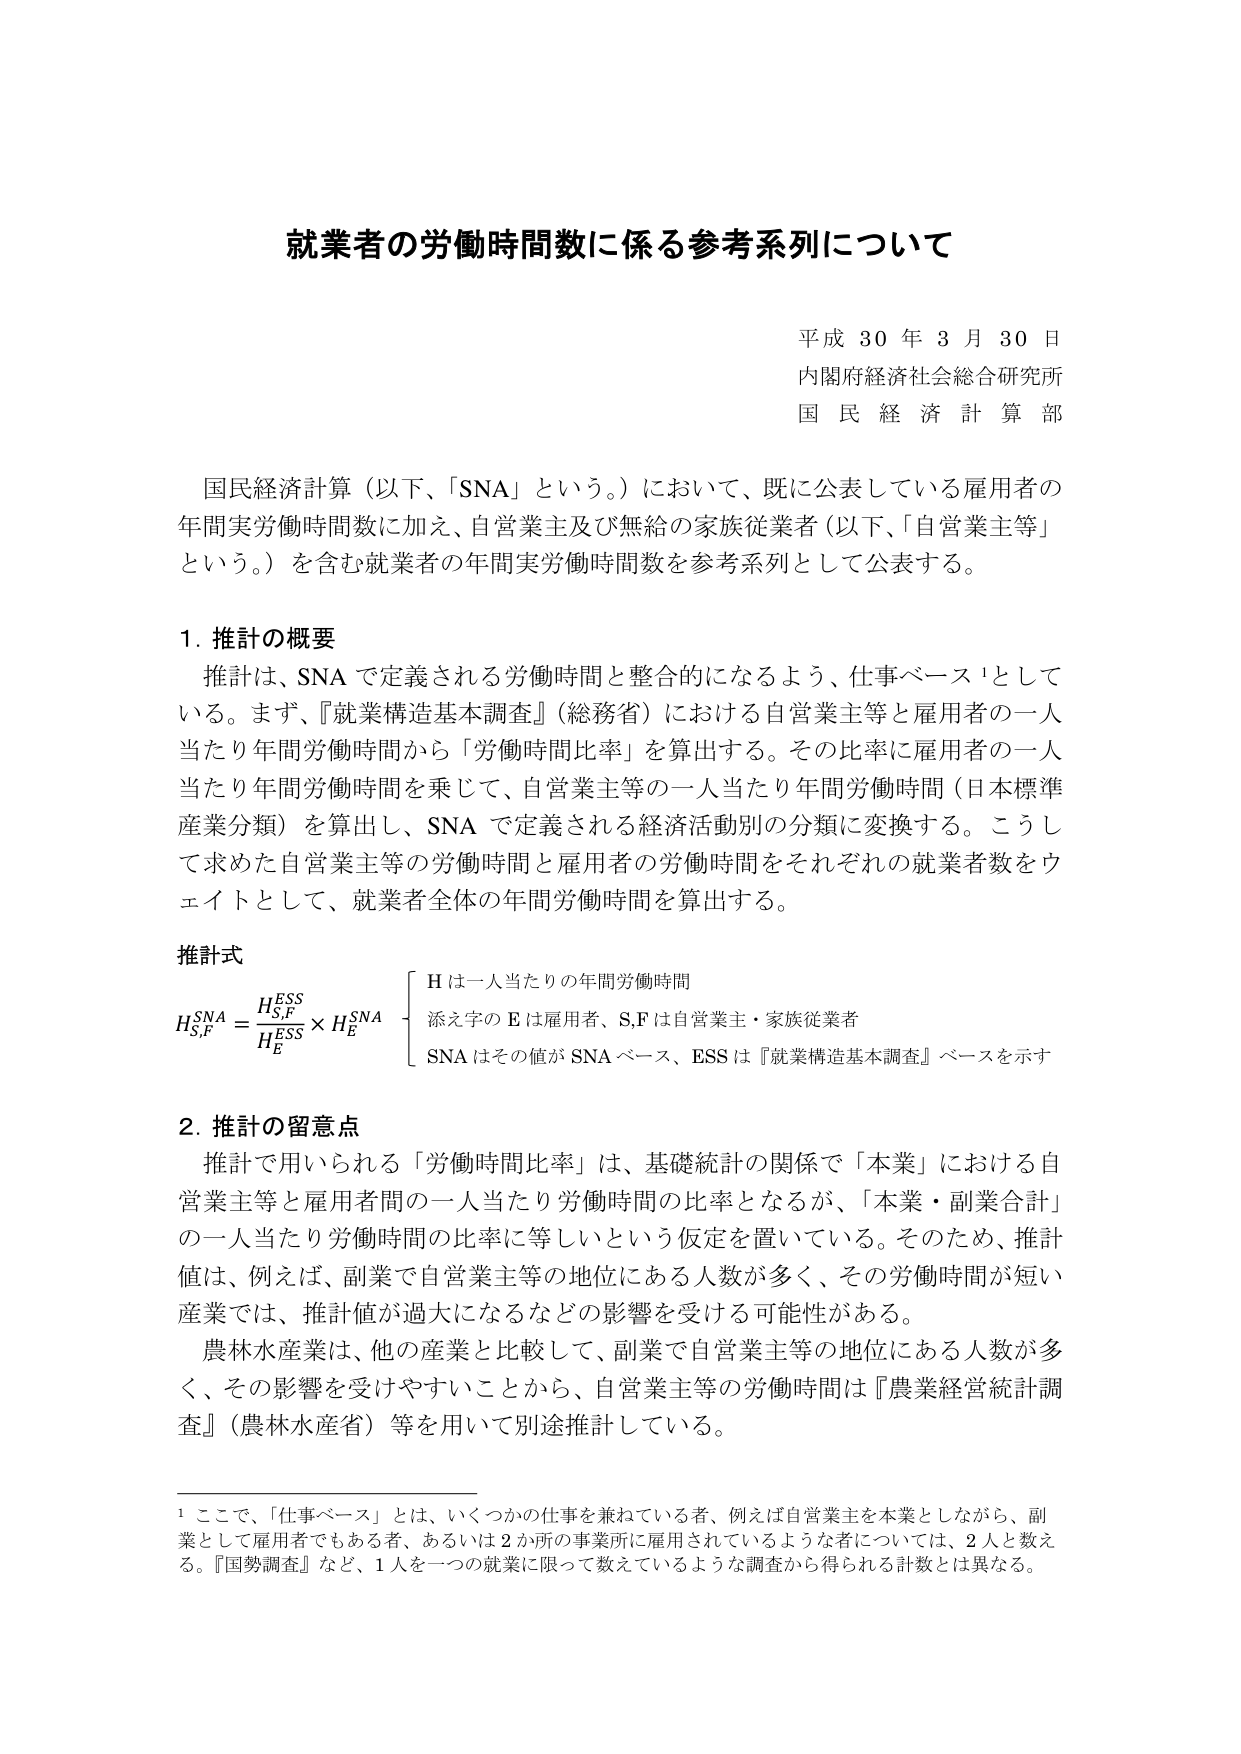
就業者の労働時間数に係る参考系列について

平成 30 年 3 月 30 日
内閣府経済社会総合研究所
国民経済計算部

国民経済計算（以下、「SNA」という。）において、既に公表している雇用者の
年間実労働時間数に加え、自営業主及び無給の家族従業者（以下、「自営業主等」という。）を含む就業者の年間実労働時間数を参考系列として公表する。

1. 推計の概要
推計は、SNA で定義される労働時間と整合的になるよう、仕事ベース¹としている。まず、『就業構造基本調査』（総務省）における自営業主等と雇用者の一人当たり年間労働時間から「労働時間比率」を算出する。その比率に雇用者の一人当たり年間労働時間を乗じて、自営業主等の一人当たり年間労働時間（日本標準産業分類）を算出し、SNA で定義される経済活動別の分類に変換する。こうして求めた自営業主等の労働時間と雇用者の労働時間をそれぞれの就業者数をウェイトとして、就業者全体の年間労働時間を算出する。

推計式
H_{S,F}^{SNA} = \frac{H_{S,F}^{ESS}}{H_E^{ESS}} × H_E^{SNA}
　　H は一人当たりの年間労働時間
　　添え字の E は雇用者、S,F は自営業主・家族従業者
　　SNA はその値が SNA ベース、ESS は『就業構造基本調査』ベースを示す

2. 推計の留意点
推計で用いられる「労働時間比率」は、基礎統計の関係で「本業」における自営業主等と雇用者間の一人当たり労働時間の比率となるが、「本業・副業合計」の一人当たり労働時間の比率に等しいという仮定を置いている。そのため、推計値は、例えば、副業で自営業主等の地位にある人数が多く、その労働時間が短い産業では、推計値が過大になるなどの影響を受ける可能性がある。
農林水産業は、他の産業と比較して、副業で自営業主等の地位にある人数が多く、その影響を受けやすいことから、自営業主等の労働時間は『農業経営統計調査』（農林水産省）等を用いて別途推計している。

¹ ここで、「仕事ベース」とは、いくつかの仕事を兼ねている者、例えば自営業主を本業としながら、副業として雇用者でもある者、あるいは2か所の事業所に雇用されているような者については、2人と数える。『国勢調査』など、1人を一つの就業に限って数えているような調査から得られる計数とは異なる。